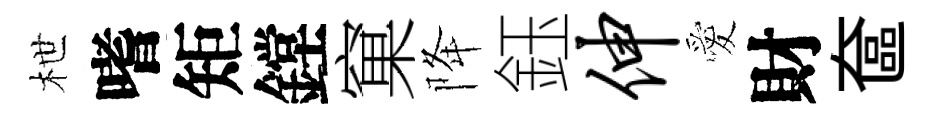
枻嗜矩鏜窠降鈺伸愛財奩